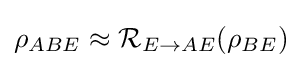
\rho _{ABE}\approx {\mathcal {R}}_{E\to AE}(\rho _{BE})